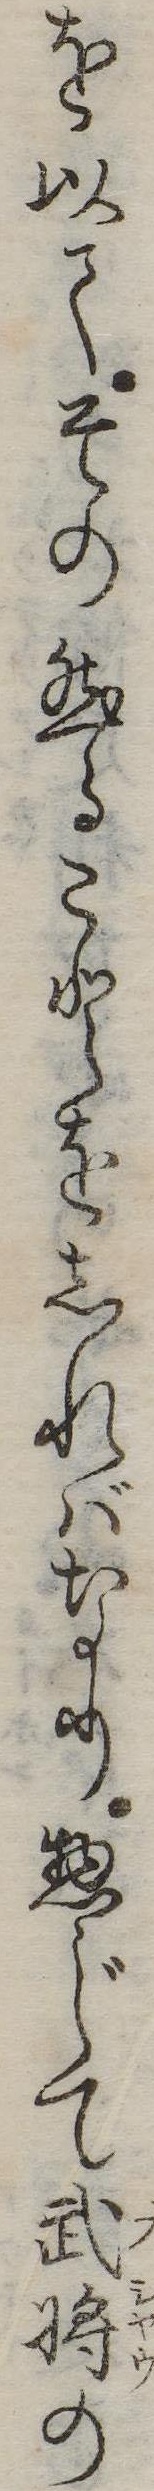
を以てその然ることをしればなり惣じて武将の